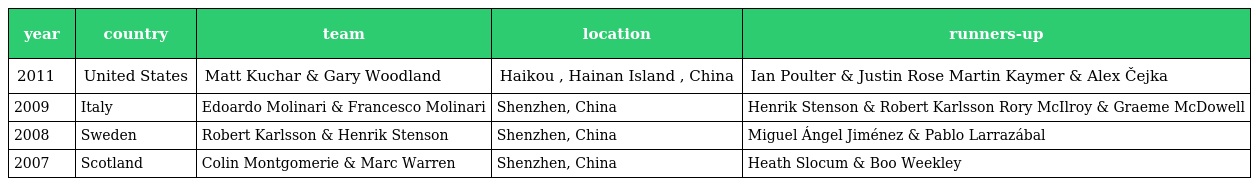
| year | country | team | location | runners-up |
 | --- | --- | --- | --- | --- |
 | 2011 | United States | Matt Kuchar & Gary Woodland | Haikou , Hainan Island , China | Ian Poulter & Justin Rose Martin Kaymer & Alex Čejka |
 | 2009 | Italy | Edoardo Molinari & Francesco Molinari | Shenzhen, China | Henrik Stenson & Robert Karlsson Rory McIlroy & Graeme McDowell |
 | 2008 | Sweden | Robert Karlsson & Henrik Stenson | Shenzhen, China | Miguel Ángel Jiménez & Pablo Larrazábal |
 | 2007 | Scotland | Colin Montgomerie & Marc Warren | Shenzhen, China | Heath Slocum & Boo Weekley |